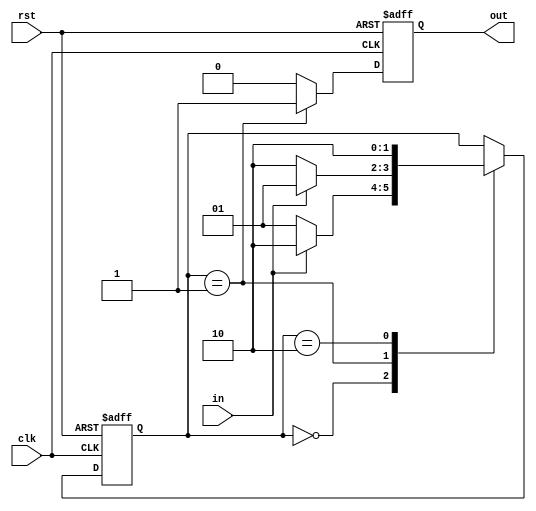
module seq(clk,rst,in,out);
input clk,rst,in;
output out;
reg[1:0] state;
reg out;

always @ (posedge clk, posedge rst) begin
if(rst)
state<=2'b00;
else
begin
  case(state)
  2'b00: begin
  if(in==0) state<=2'b01;
  else state<=2'b10;
  end
  2'b01: begin
  if(in) state<=2'b01;
  else state<=2'b10;
  end
  2'b10: begin
  if(in) state<=2'b10;
  else state<=2'b10;
  end
  endcase
  end
 end
 
 always @(posedge clk,posedge rst) begin
 if(rst)
  out<=0;
 else if (state==2'b01)
  out<=1;
 else
   out<=0;
 end
 endmodule